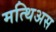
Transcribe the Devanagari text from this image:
मत्थिअस